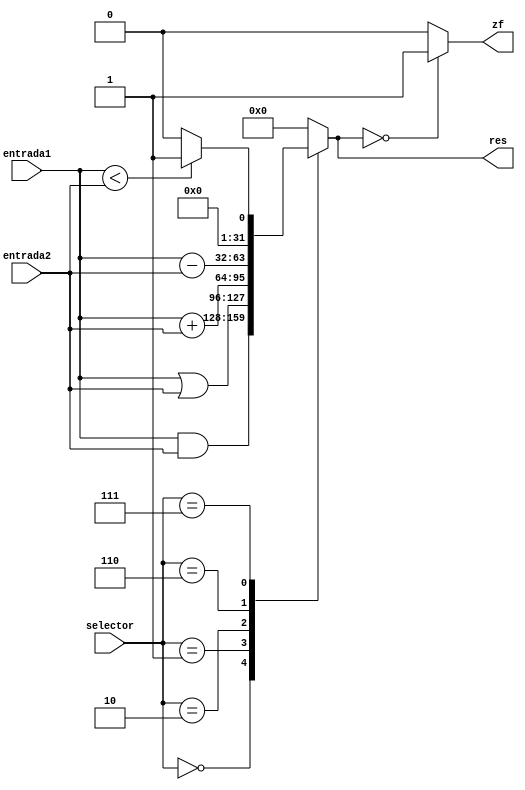
module alu(
    input [31:0] entrada1,
    input [31:0] entrada2,
    input [2:0] selector,
    output reg [31:0] res,
    output reg zf
);

always @(*)
begin
    case(selector)
        3'b000: res = entrada1 & entrada2;  // AND
        3'b001: res = entrada1 | entrada2;  // OR
        3'b010: res = entrada1 + entrada2;  // suma
        3'b110: res = entrada1 - entrada2;  // Resta
        3'b111: res = (entrada1 < entrada2) ? 1 : 0;  // Set on less than
        default: 
            begin
                res = 32'b0;
                zf = 1;
            end
    endcase
    zf = (res == 32'b0) ? 1 : 0;
end

endmodule